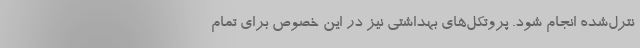
نترل‌شده انجام شود. پروتکل‌های بهداشتی نیز در این خصوص برای تمام